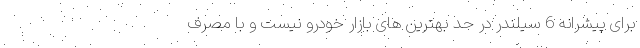
برای پیشرانه 6 سیلندر در حد بهترین های بازار خودرو نیست و با مصرف